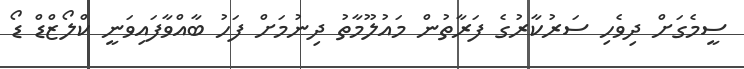
ސީމެގަށް ދިވެހި ސަރުކާރުގެ ފަރާތުން މައުލޫމާތު ދިނުމަށް ފަހު ބާއްވާފައިވަނީ ކްލޯޒްޑް ޑޯ